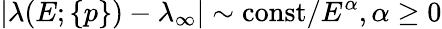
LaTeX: \left|\lambda(E;\{ p\} )-\lambda_{\infty}\right|\sim\mathrm{const}/E^{\alpha},\alpha\ge 0